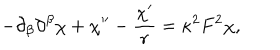
LaTeX: - \partial _ { \beta } \partial ^ { \beta } \chi + \chi ^ { \prime \prime } - \frac { \chi ^ { \prime } } { r } = \kappa ^ { 2 } F ^ { 2 } \chi ,